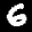
Label: 6